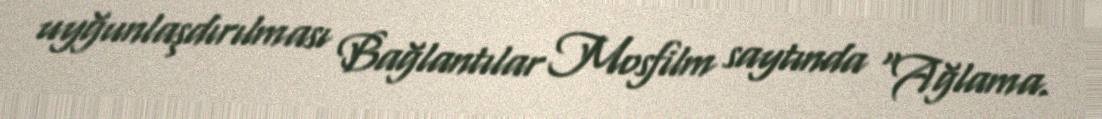
uyğunlaşdırılması Bağlantılar Mosfilm saytında "Ağlama.